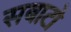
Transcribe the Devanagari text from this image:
सबाटो